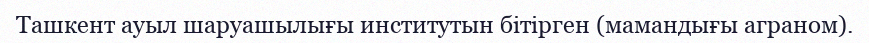
Ташкент ауыл шаруашылығы институтын бітірген (мамандығы аграном).